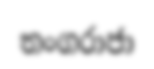
තංගරාජා